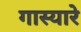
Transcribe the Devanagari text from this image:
गास्यारे